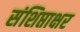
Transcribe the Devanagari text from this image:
संशिप्ताक्षर